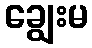
ချွေးမ